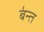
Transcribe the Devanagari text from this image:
ब॑न्त